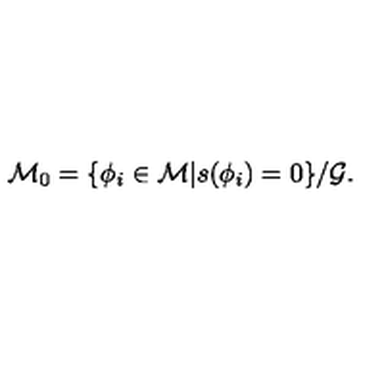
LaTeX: { \cal M } _ { 0 } = \{ \phi _ { i } \in { \cal M } | s ( \phi _ { i } ) = 0 \} / { \cal G } .